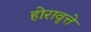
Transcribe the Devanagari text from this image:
होरावृत्ते